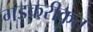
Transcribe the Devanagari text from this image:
गडकरीकृत